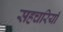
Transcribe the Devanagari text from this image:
सहचरियाँ